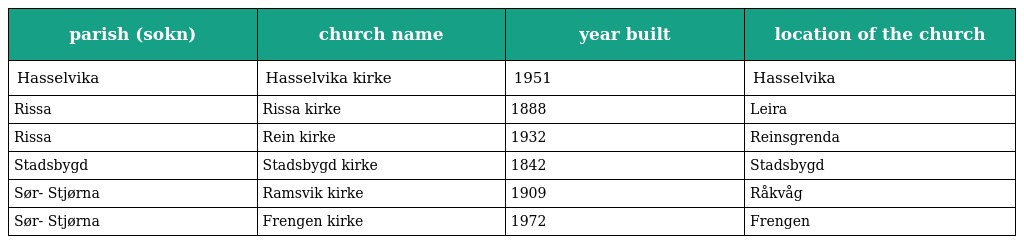
| parish (sokn) | church name | year built | location of the church |
 | --- | --- | --- | --- |
 | Hasselvika | Hasselvika kirke | 1951 | Hasselvika |
 | Rissa | Rissa kirke | 1888 | Leira |
 | Rissa | Rein kirke | 1932 | Reinsgrenda |
 | Stadsbygd | Stadsbygd kirke | 1842 | Stadsbygd |
 | Sør- Stjørna | Ramsvik kirke | 1909 | Råkvåg |
 | Sør- Stjørna | Frengen kirke | 1972 | Frengen |